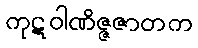
ကုဋဝါဏိဇ္ဇဇာတက